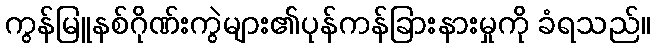
ကွန်မြူနစ်ဂိုဏ်းကွဲများ၏ပုန်ကန်ခြားနားမှုကို ခံရသည်။